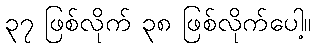
၃၇ ဖြစ်လိုက် ၃၈ ဖြစ်လိုက်ပေါ့။